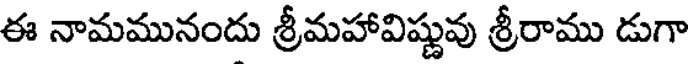
ఈ నామమునందు శ్రీమహావిష్ణువు శ్రీరాము డుగా